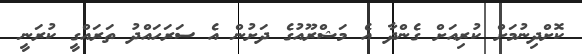
ކޮށްދިނުމަށް ކުރިއަށް ގެންދާ އެ މަޝްރޫއުގެ ދަށުން އެ ސަރަހައްދު ތަރައްގީ ކުރަނީ